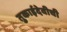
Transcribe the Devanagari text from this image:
तुकाईदेवीची